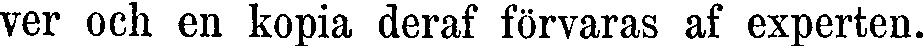
ver och en kopia deraf förvaras af experten.